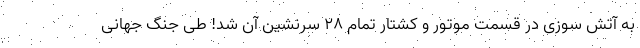
به آتش سوزی در قسمت موتور و کشتار تمام 28 سرنشین آن شد! طی جنگ جهانی